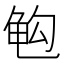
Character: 𱍅